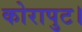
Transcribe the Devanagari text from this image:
कोरापुट।